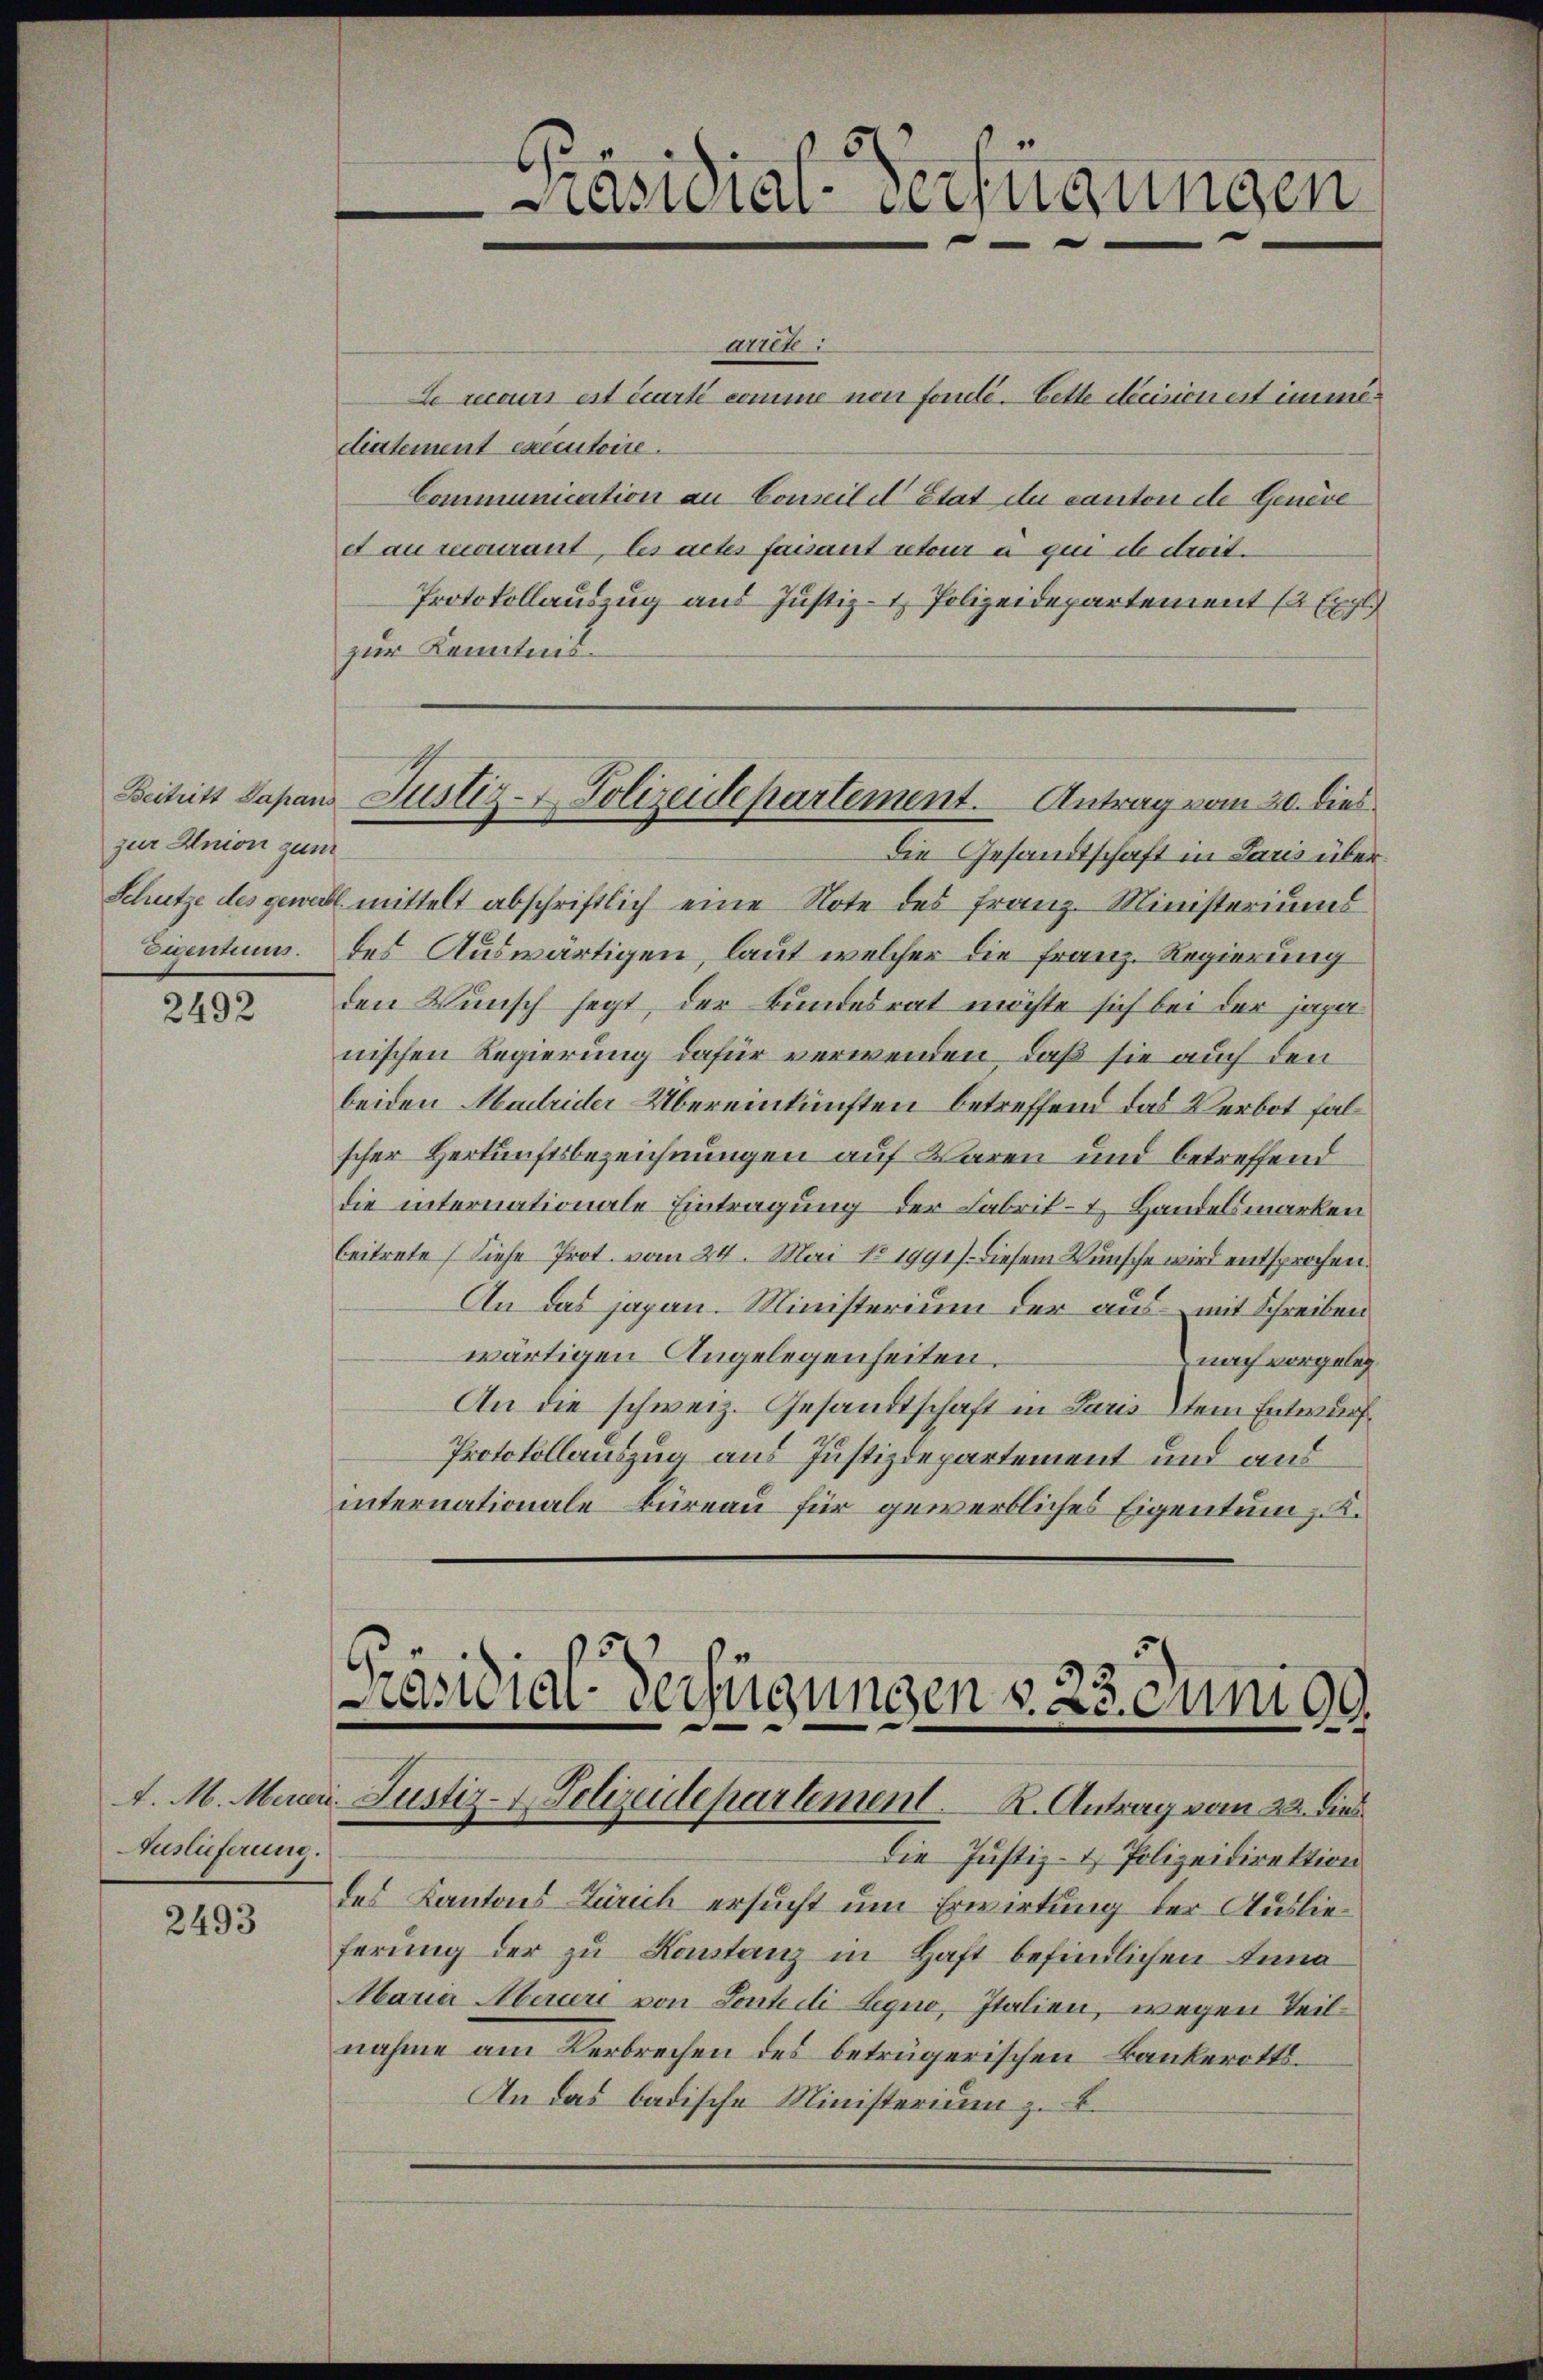
5
Präsidial-Verfügungen
.

auet,
Le recours est écarti comme non fonde. Bette decision est immediatement executoire.
Communication an Conseil d’Etat du canton de Genere
et au mourant, les actes faisant etwa a qui de droit.
Protokollauszug aus Justiz- & Polizeidepartement (2 Expl.
zur Kenntnis¬
Die Gesandtschaft in Paris über¬
Schütze des genabl mittelt abschriftlich eine Note des Franz-Ministeriums
Eigentums. Des Auswärtigen, laut welcher die Franz. Regierung
den Wunsch hegt, der Bundesrat möchte sich bei der japanischen Regierung dafür verwenden, daß sie auch den
beiden Madrider Übereinkünften betreffend das Verbot falscher Herkunftsbezeichnungen auf Waren und betreffend
die internationale Eintragung der Fabrik- & Handelsmarken
beitrete (diese Prot. vom 24. Mai No 1991). Diesem Wunsche wird entsprochen.
An das japan. Ministerium der aus - mit Schreiben
wärtigen Angelegenheiten.
nach vorgeleg¬
An die schweiz. Gesandtschaft in Paristem Entwurf
Protokollauszug aus Justizdepartement und aus
internationale Büreau für gewerbliches Eigentum z. K.

Beitritt Papan Justiz-Polizeidepartement. Antrag vom 20. dies

zur Union zum

2492

Präsidial-Verfügungen v. 23. Juni d.
v. M. Mann. Justiz- & Polizeidepartement. R. Antrag vom 22. dies

Auslieferung.

Die Justiz- & Polizeidirektion
des Kantons Zürich ersucht um Erwirtung der Auslieferŭng der zu Kontanz in Haft befindlichen Anna
Maria Meriere von Sontedi Legio, Italien, wegen Teilnahme am Verbrechen des beträgerischen Bankerotts¬
An das badische Ministerium z. B.

2493